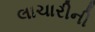
લાચારીની